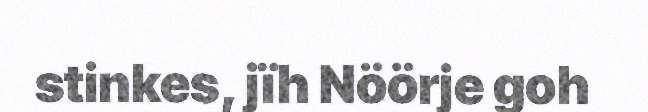
stinkes, jïh Nöörje goh